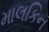
માલકિન